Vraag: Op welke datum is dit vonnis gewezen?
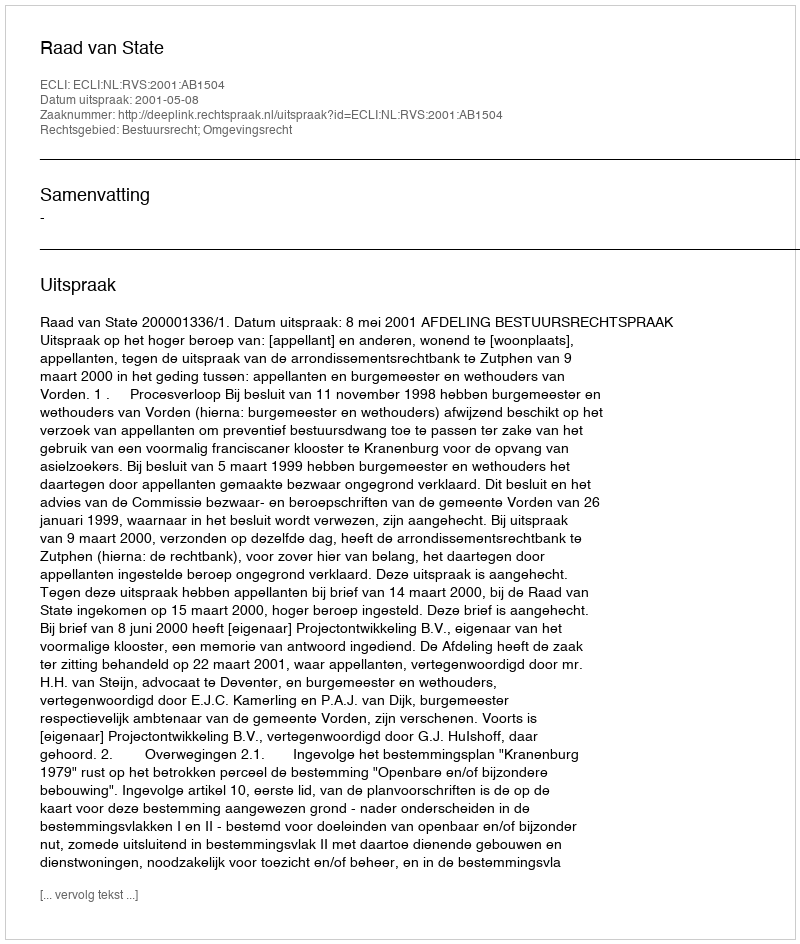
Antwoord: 2001-05-08